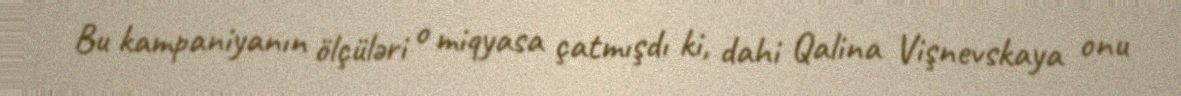
Bu kampaniyanın ölçüləri o miqyasa çatmışdı ki, dahi Qalina Vişnevskaya onu